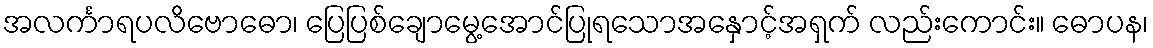
အလင်္ကာရပလိဗောဓော၊ ပြေပြစ်ချောမွေ့အောင်ပြုရသောအနှောင့်အရှက် လည်းကောင်း။ ဓောပန၊